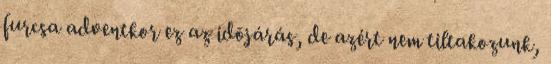
furcsa adventkor ez az idõjárás, de azért nem tiltakozunk,